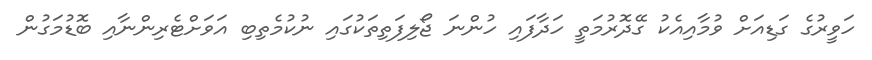
ހަވީރުގެ ގަޑިއަށް ވުމާއިއެކު ގޭދޮރުމަތީ ހަދާފައި ހުންނަ ޖޯލިފަތިތަކުގައި ނުކުމެތިބި އަވަށްޓެރިންނާއި ބޮޑުމަގުން